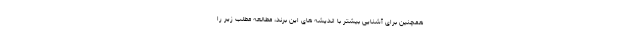
همچنین برای آشنایی بیشتر با اندیشه های این برند، مطالعه مطلب زیر را